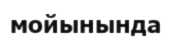
мойынында